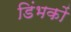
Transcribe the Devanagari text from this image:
डिंभकों